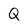
Character: Q